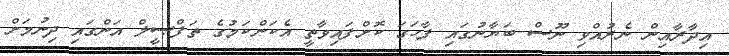
އިދާރާއިން ނެރުއްވި ނޫސް ބަޔާނުގައި ފާހަގަ ކޮށްފައިވާތީ އެކަންކަމުގެ ތަފްޞީލް އަންގައި ދިނުމަށް